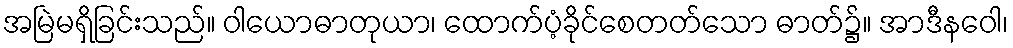
အမြဲမရှိခြင်းသည်။ ဝါယောဓာတုယာ၊ ထောက်ပံ့ခိုင်စေတတ်သော ဓာတ်၌။ အာဒီနဝေါ၊